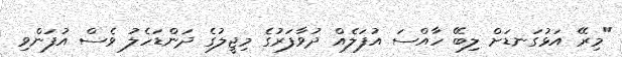
"މިރޭ އަޅުގަނޑަށް ލިބޭ ހާއްސަ އުފަލެއް ދުވާފަރުގެ މިޖީލުގެ ދަންޑަހެލު ވެސް އުފަންވި